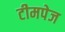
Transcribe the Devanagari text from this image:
टीमपेज